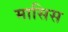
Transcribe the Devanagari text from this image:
मासिस